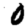
Digit: 0